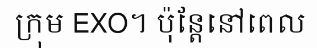
ក្រុម EXO។ ប៉ុន្តែនៅពេល